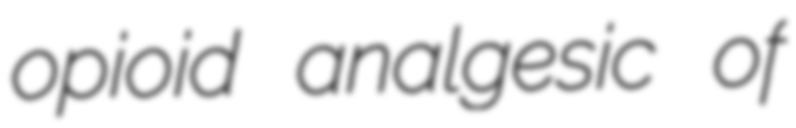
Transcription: opioid analgesic of